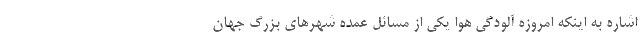
اشاره به اینکه امروزه آلودگی هوا یکی از مسائل عمده شهرهای بزرگ جهان